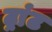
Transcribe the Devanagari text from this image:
ट्रांट